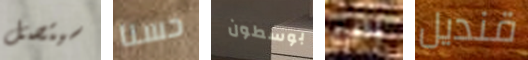
سيتصل حسنا بوسطون يخفيه قنديل